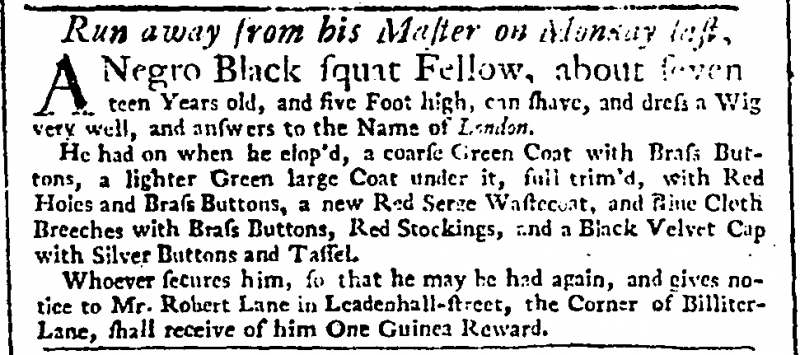
London Daily Post and General Advertiser, 5 December 1739 (England)
   Run away from his Master on Monday last,A Negro Black squat Fellow, about seventeen Years old, and five Foot high, can shave, and dress a Wig very well, and answers to the Name of London.  He had on when he elop’d, a coarse Green Coat with Brass Buttons, a lighter Green large Coat under it, full trim’d, with Red Holes and Brass Buttons, a new Red Serge Wastecoat, and Blue Cloth Breeches with Brass Buttons, Red Stockings, and a Black Velvet Cap with Silver Buttons and Tassel.  Whoever secures him, so that he may be had again, and gives notice to Mr. Robert Lane in Leadenhall-street, the Corner of Billiter-Lane, shall receive of him One Guinea Reward.